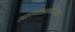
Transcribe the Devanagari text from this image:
जाण्याआधीपेक्षा